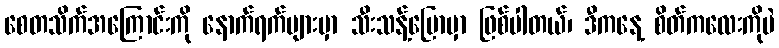
စေတသိက်အကြောင်းကို နောက်ရက်များမှာ သီးသန့်ပြောမှာ ဖြစ်ပါတယ်၊ ဒီကနေ့ စိတ်ကလေးကိုပဲ